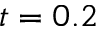
t = 0 . 2